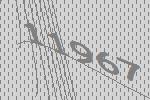
11967